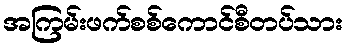
အကြမ်းဖက်စစ်ကောင်စီတပ်သား